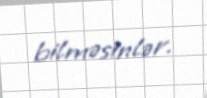
bilməsinlər.